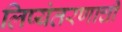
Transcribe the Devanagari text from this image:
लिप्यंतरणाची